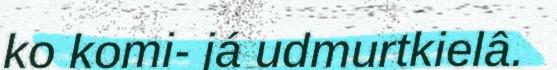
ko komi- já udmurtkielâ.